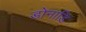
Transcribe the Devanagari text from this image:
डोनाडि